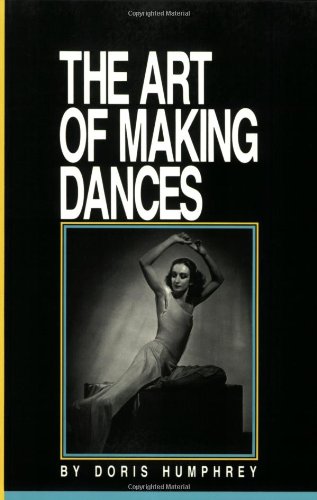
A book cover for The Art of Making Dances; Doris Humphrey; Humor & Entertainment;